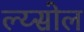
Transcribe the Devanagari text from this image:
ल्य्सोल